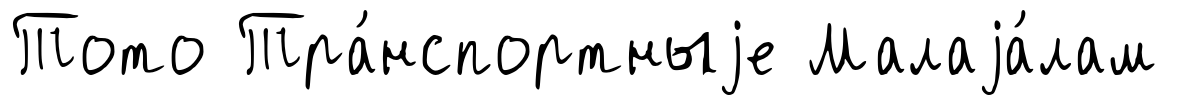
Тото Тра́нспортныjе Малаjа́лам